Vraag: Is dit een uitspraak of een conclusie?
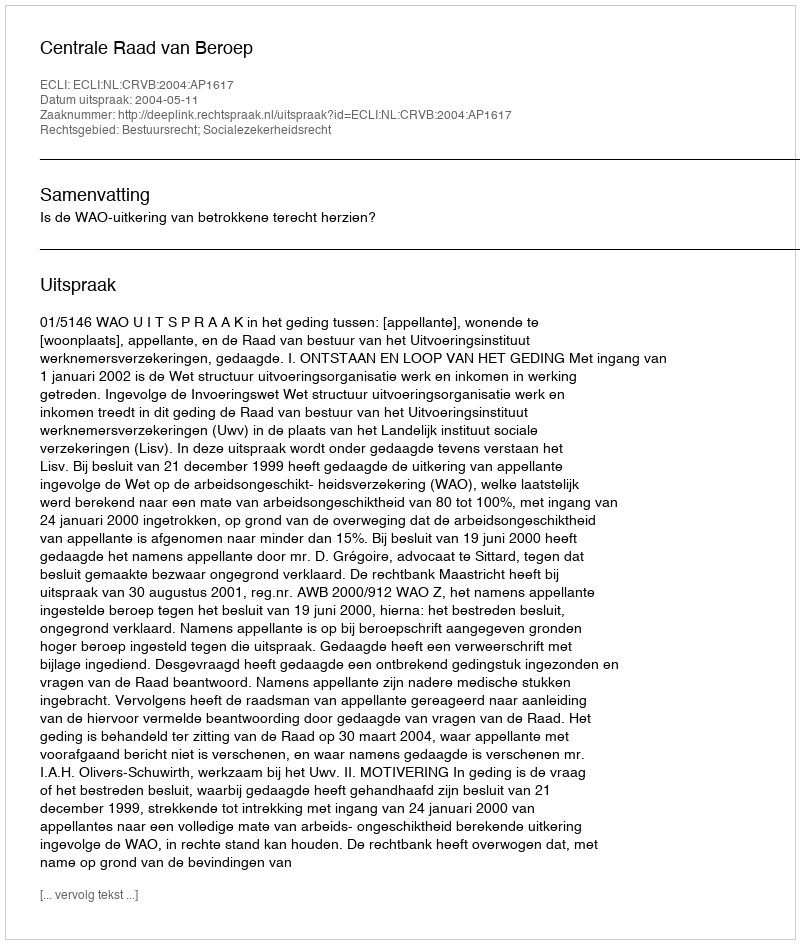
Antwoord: Uitspraak